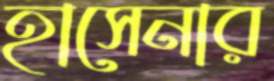
হাসেনার